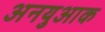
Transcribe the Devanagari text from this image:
अनयुआक